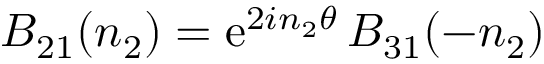
B _ { 2 1 } ( n _ { 2 } ) = \mathrm { e } ^ { 2 i n _ { 2 } \theta } \, B _ { 3 1 } ( - n _ { 2 } )